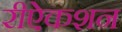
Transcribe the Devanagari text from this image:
रीऐकशन